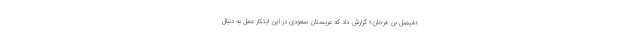
«فیصل بن فرحان» گزارش داد که عربستان سعودی در این ابتکار عمل به دنبال